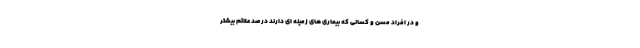
و در افراد مسن و کسانی که بیماری های زمینه ای دارند درصد علائم بیشتر